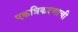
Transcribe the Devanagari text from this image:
एकत्रिकरणाची